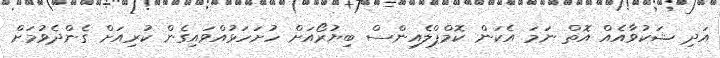
އަދި ޝަކުވާއެއް އޮތް ނަމަ އެކަން ކޮމްޕްލެއިންސް ބިޔުރޯއަށް ހުށަހަޅުއްވައިގެން ކުރިއަށް ގެންދެވުމަށް